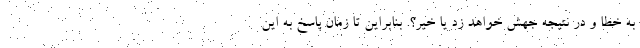
به خطا و در نتیجه جهش خواهد زد یا خیر؟. بنابراین تا زمان پاسخ به این